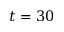
t = 3 0